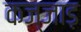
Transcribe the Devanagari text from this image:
कज्जाड़